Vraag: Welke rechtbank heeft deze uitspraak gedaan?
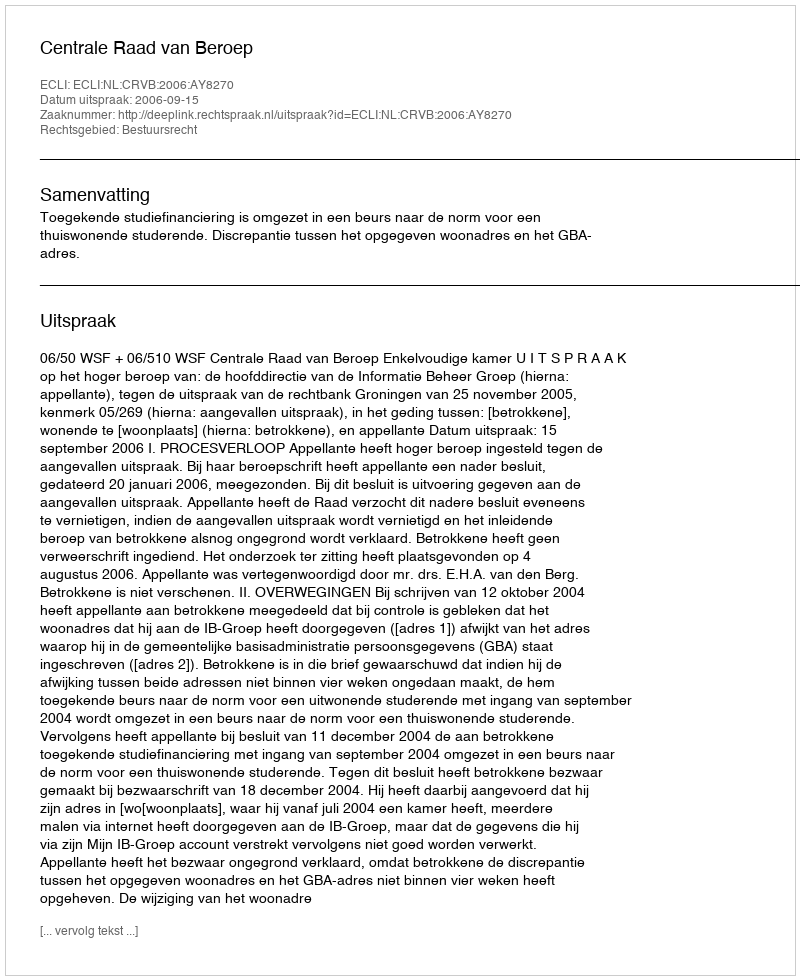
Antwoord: Centrale Raad van Beroep